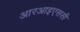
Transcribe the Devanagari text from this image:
आरआइएससी